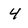
Character: 4